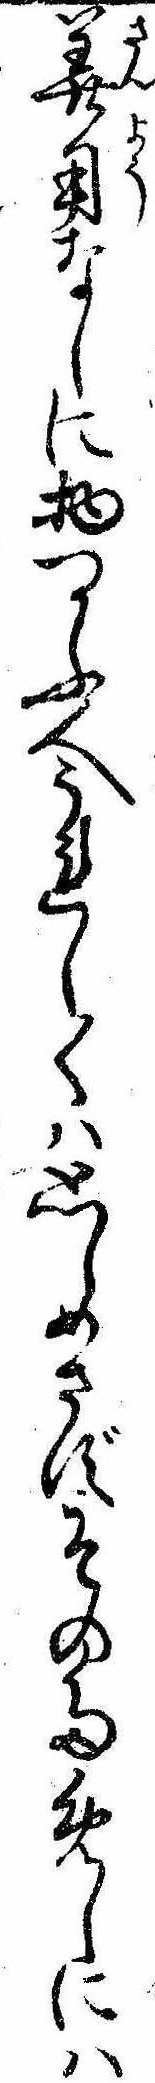
算用なしに物つかふ人うれしくは思しめさずそのためしには